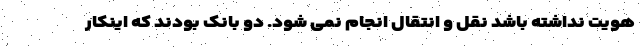
هویت نداشته باشد نقل و انتقال انجام نمی شود. دو بانک بودند که اینکار